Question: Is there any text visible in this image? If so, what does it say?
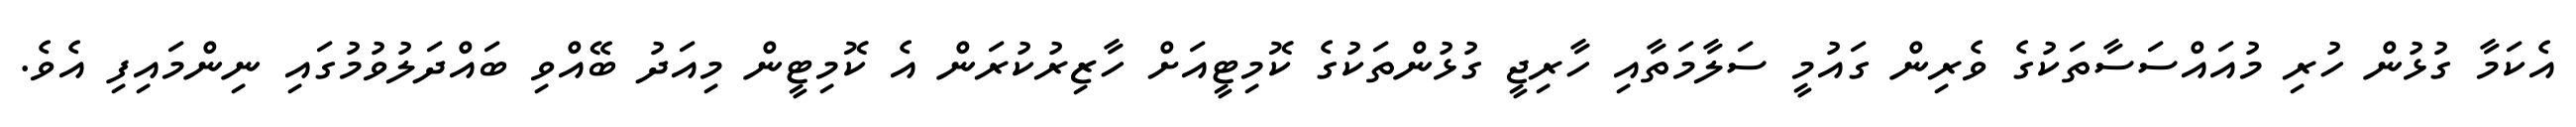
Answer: އެކަމާ ގުޅުން ހުރި މުއައްސަސާތަކުގެ ވެރިން ގައުމީ ސަލާމަތާއި ހާރިޖީ ގުޅުންތަކުގެ ކޮމިޓީއަށް ހާޒިރުކުރަން އެ ކޮމިޓީން މިއަދު ބޭއްވި ބައްދަލުވުމުގައި ނިންމައިފި އެވެ.